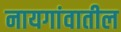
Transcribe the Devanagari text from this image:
नायगांवातील